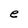
Character: e